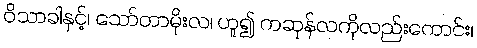
ဝိသာခါနှင့်၊ သော်တာမိုးလ၊ ဟူ၍ ကဆုန်လကိုလည်းကောင်း၊